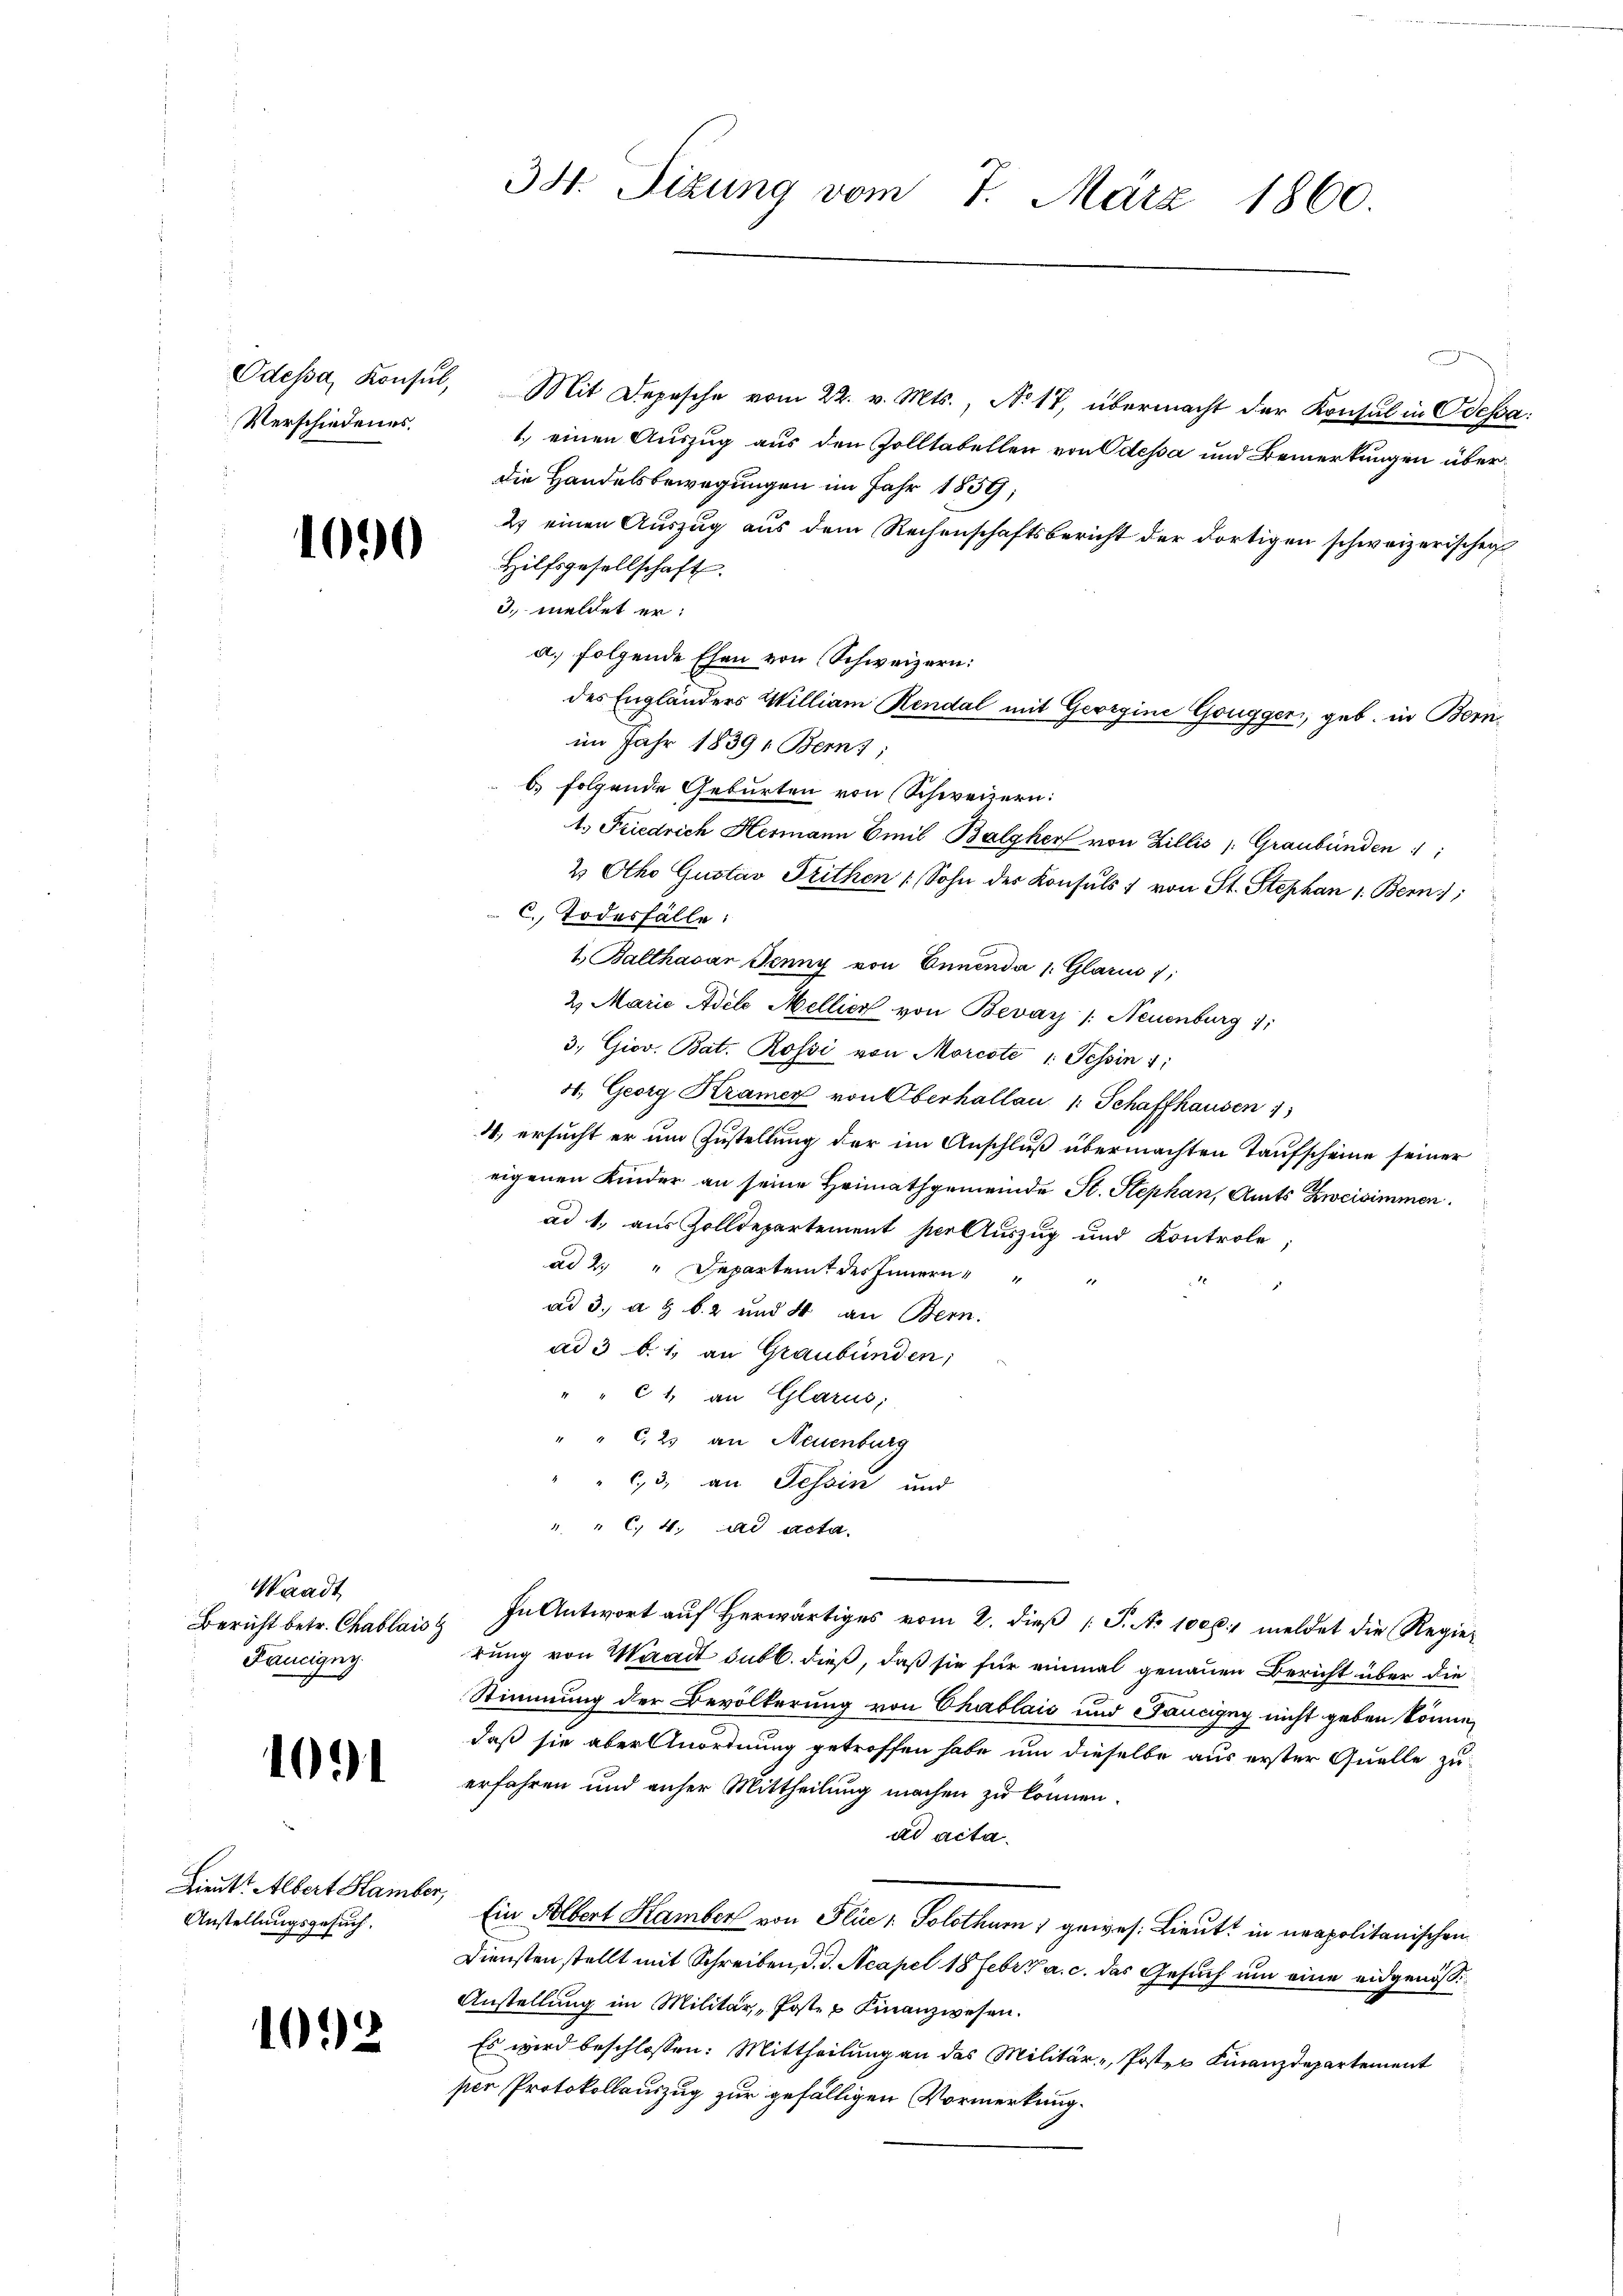
Verschiedenes.

1091

103.

1090

Waadt
Faucigny.

Lieut. Albert Hamber,
Anstellungsgesuch.

2

34. Sizung vom 7. März 1860.

Odessa, Konsŭl, Mit Depesche vom 22. v. Mts., No 17, übermacht der Konsul in Odessa:
1.) einen Auszug aus den Zolltabellen von Odessa und Bemerkungen überdie Handelsbewegungen im Jahr 1859;
2) einen Auszug aus dem Rechenschaftsbericht der dortigen schweizerischen
Hilfsgesellschaft.
3. meldet er:
a. folgende Ehen von Schweizern:
im Jahr 1839, Bern;
b folgende Geburten von Schweizern:
1. Friedrich Hermann Emil Balther von Zillis Graubünden 1:
2 Otho Gustav Feithen Sohn der Konsuls : von St. Stephan 1. Bern;
c. Todesfälle:
1. Balthasar Jenny von Ennenda 1. Glarus 1
2. Marie Adele Mellier von Bevay /: Neuenburg 11
3. Giov. Bat. Rossi von Morcote 1. Tessin 1:
4. Georg Kramer von Oberhallau 1: Schaffhausen 1
4, ersucht er um Zustellung der im Anschluß übermachten Taufscheine seiner
eigenen Kinder an seine Heimathgemeinde St. Stephan, Amts Zweisimmen.
ad 1, aus Zolldepartement per Auszug und Kontrole,
ad 2. " Departent des Innern
ad 3. a. b. 2 und 4 an Bern.
ad 3 d. 1, an Graubünden;
" " 61. an Glarus,
" C. 25 an Neuenburg
6,3, an Tessin und
" " C. 4. ad acta.
Bericht betr. Chablais. In Antwort auf herwärtiges vom 2. dieß P. No 1000. meldet die Regier
rung von Waadt subl. dieß, daß sie für einmal genauen Bericht über die
Stimmung der Bevölkerung von Chablais und Fancigny nicht geben könne,
daß sie aber Anordnung getroffen habe um dieselbe aus erster Quelle zu-
erfahren und unser Mittheilung machen zu können.
ad acta.
Ein Albert Hamber von Plüe: Solothur 1 gewes. Lieutt in neapolitanischen
Diensten stellt mit Schreiben d. d. Acapel 18 Febr. a. c. das Gesuch um eine eidgenös¬
Anstellung im Militär, „Poste u Finanzwesen.
Es wird beschlossen: Mittheilung an das Militär-Poster Finanzdepartement
ser Protokollauszug zur gefälligen Vormerkung.

des Engländers William Rendal mit Georgine Gougger, geb. in Bern